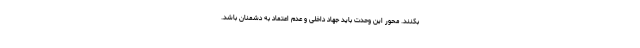
بکنند. محور این وحدت باید جهاد داخلی و عدم اعتماد به دشمنان باشد.